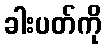
ခါးပတ်ကို